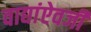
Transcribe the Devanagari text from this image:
वाद्यांऐवजी